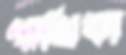
গাথিকা